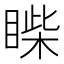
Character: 𥈐